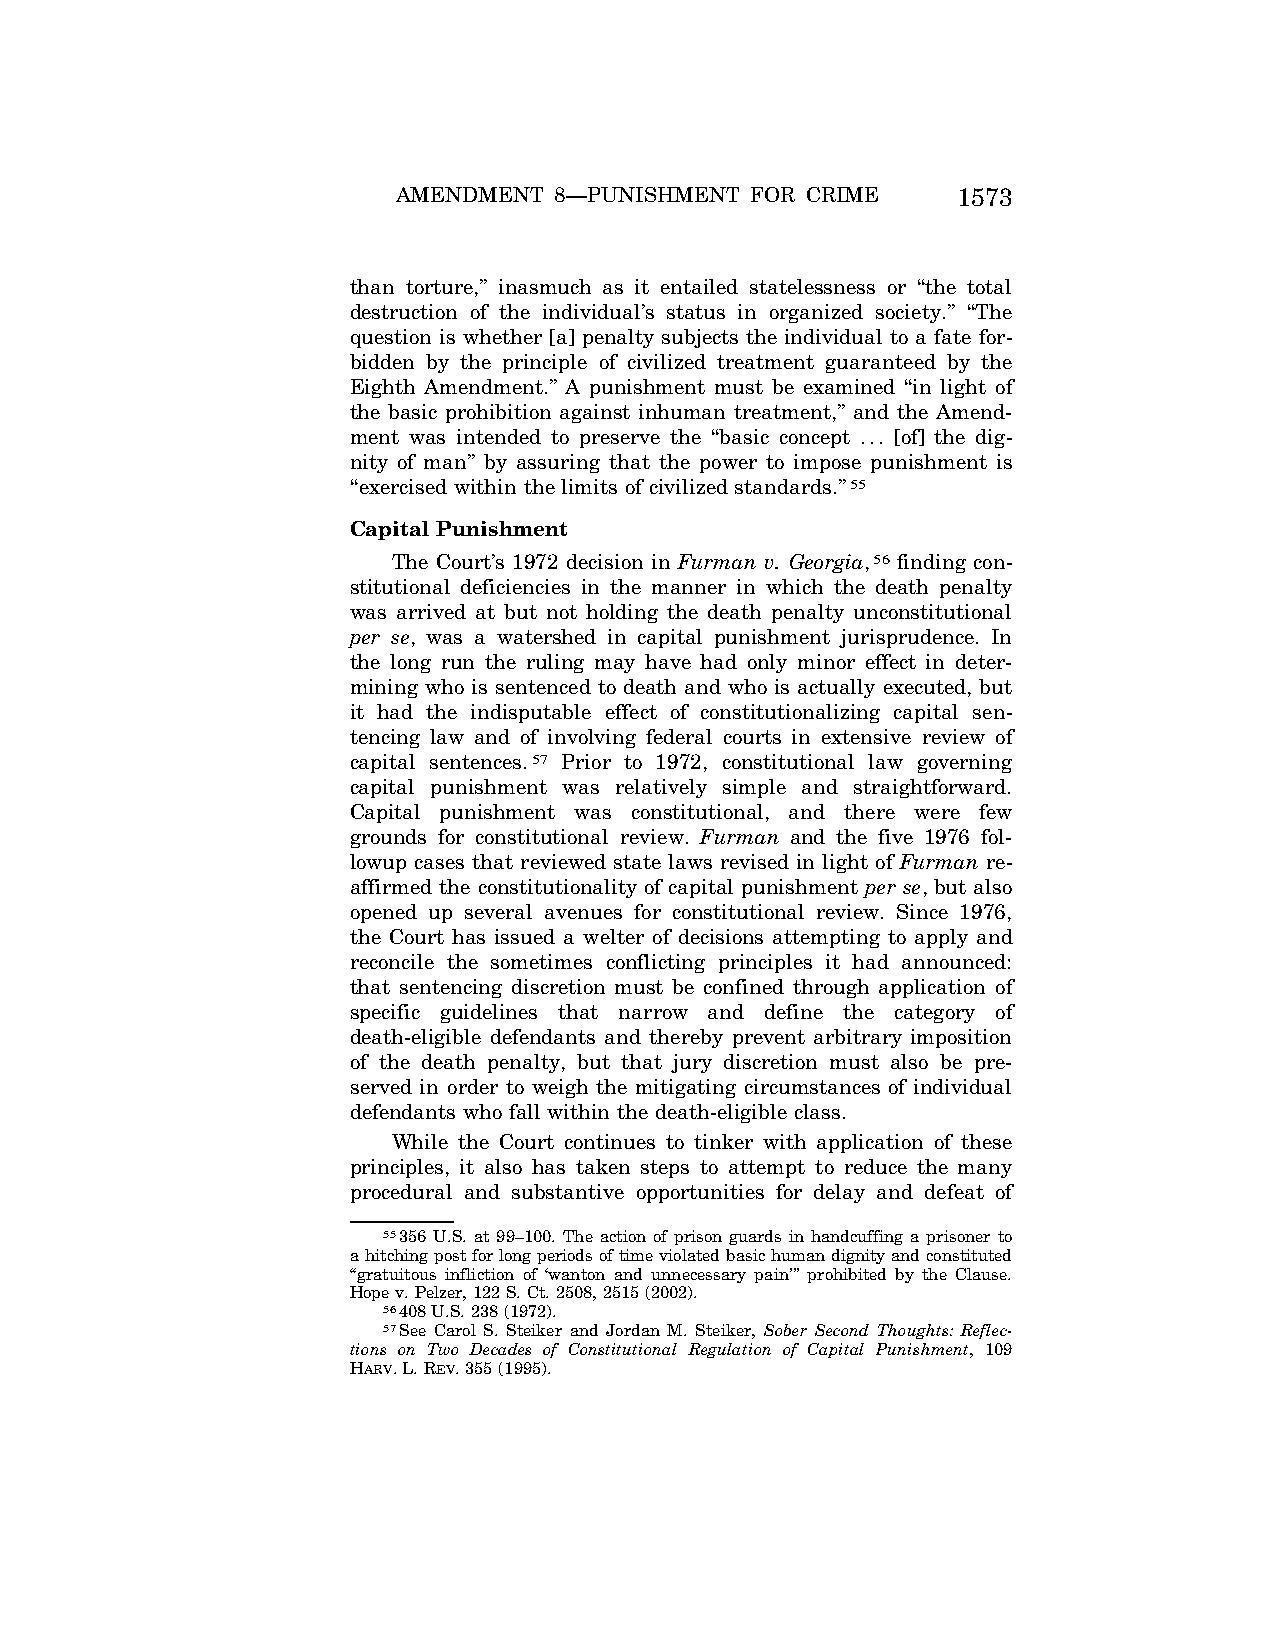
AMENDMENT  8—PUNISHMENT FOR CRIME    1573
 than torture,’’ inasmuch as it entailed statelessness or ‘‘the total
 destruction of the individual’s status in organized society.’’ ‘‘The
 question is whether [a] penalty subjects the individual to a fate for-
 bidden by the principle of civilized treatment guaranteed by the
 Eighth Amendment.’’ A punishment must be examined ‘‘in light of
 the basic prohibition against inhuman treatment,’’ and the Amend-
 ment was intended to preserve the ‘‘basic concept ... [of] the dig-
 nity of man’’ by assuring that the power to impose punishment is
 ‘‘exercised within the limits of civilized standards.’’55
 Capital Punishment
 The Court’s 1972 decision in Furman v. Georgia,56 finding con-
 stitutional deficiencies in the manner in which the death penalty
 was arrived at but not holding the death penalty unconstitutional
 per se, was a watershed in capital punishment jurisprudence. In
 the long run the ruling may have had only minor effect in deter-
 mining who is sentenced to death and who is actually executed, but
 it had the indisputable effect of constitutionalizing capital sen-
 tencing law and of involving federal courts in extensive review of
 capital sentences.57 Prior to 1972, constitutional law governing
 capital punishment was relatively simple and straightforward.
 Capital punishment was constitutional, and there were few
 grounds for constitutional review. Furman and the five 1976 fol-
 lowup cases that reviewed state laws revised in light of Furman re-
 affirmed the constitutionality of capital punishment per se, but also
 opened up several avenues for constitutional review. Since 1976,
 the Court has issued a welter of decisions attempting to apply and
 reconcile the sometimes conflicting principles it had announced:
 that sentencing discretion must be confined through application of
 specific guidelines that narrow and define the category of
 death-eligible defendants and thereby prevent arbitrary imposition
 of the death penalty, but that jury discretion must also be pre-
 served in order to weigh the mitigating circumstances of individual
 defendants who fall within the death-eligible class.
 While the Court continues to tinker with application of these
 principles, it also has taken steps to attempt to reduce the many
 procedural and substantive opportunities for delay and defeat of
 55356 U.S. at 99–100. The action of prison guards in handcuffing a prisoner to
 a hitching post for long periods of time violated basic human dignity and constituted
 ‘‘gratuitous infliction of ‘wanton and unnecessary pain’’’ prohibited by the Clause.
 Hope v. Pelzer, 122 S. Ct. 2508, 2515 (2002).
 56408 U.S. 238 (1972).
 57See Carol S. Steiker and Jordan M. Steiker, Sober Second Thoughts: Reflec-
 tions on Two Decades of Constitutional Regulation of Capital Punishment, 109
 HARV. L. REV. 355 (1995).
 VerDate Apr<15>2004 11:08 Jun 25, 2004 Jkt 077500 PO 00000 Frm 00009 Fmt 8222 Sfmt 8222 C:\CONAN\CON036.SGM PRFM99 PsN: CON036